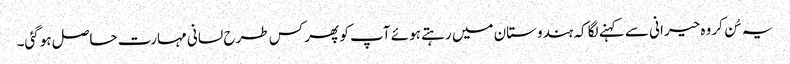
یہ سُن کر وہ حیرانی سے کہنے لگا کہ ہندوستان میں رہتے ہوئے آپ کو پھر کس طرح لسانی مہارت حاصل ہوگئی۔